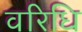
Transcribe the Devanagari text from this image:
वरिधि